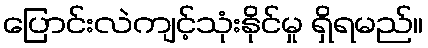
ပြောင်းလဲကျင့်သုံးနိုင်မှု ရှိရမည်။